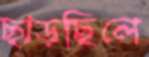
ছাড়ছিলে